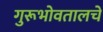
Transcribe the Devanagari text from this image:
गुरूभोवतालचे